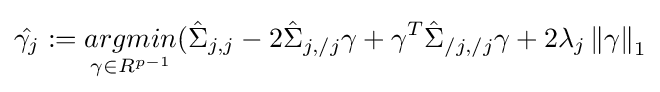
{\hat {\gamma _{j}}}:={\underset {\gamma \in R^{p-1}}{argmin}}({\hat {\Sigma }}_{j,j}-2{\hat {\Sigma }}_{j,/j}\gamma +\gamma ^{T}{\hat {\Sigma }}_{/j,/j}\gamma +2\lambda _{j}\left\|\gamma \right\|_{1}